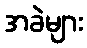
အခဲများ